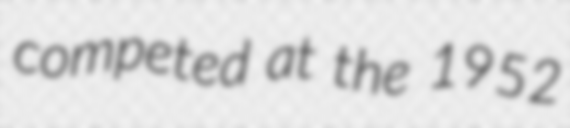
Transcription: competed at the 1952